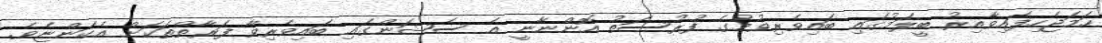
ހަމަޖެހިފައިވާއިރު ބީލަމުގައި ބައިވެރިވުމުގެ ފުރުސަތު އޮންނާނީ އެ ސެޝަންގައި ބައިވެރިވާ ފަރާތްތަކަށް އެކަންޏެވެ.